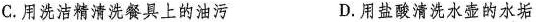
C.用洗洁精清洗餐具上的油污 D.用盐酸清洗水壶的水垢